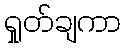
ရှုတ်ချကာ